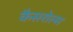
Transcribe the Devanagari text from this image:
कैसरोल्स